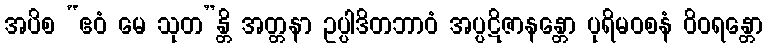
အပိစ “ဧဝံ မေ သုတ”န္တိ အတ္တနာ ဥပ္ပါဒိတဘာဝံ အပ္ပဋိဇာနန္တော ပုရိမဝစနံ ဝိဝရန္တော